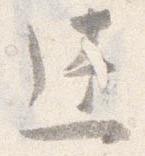
達